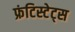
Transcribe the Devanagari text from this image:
फ्रंटिस्टेट्स